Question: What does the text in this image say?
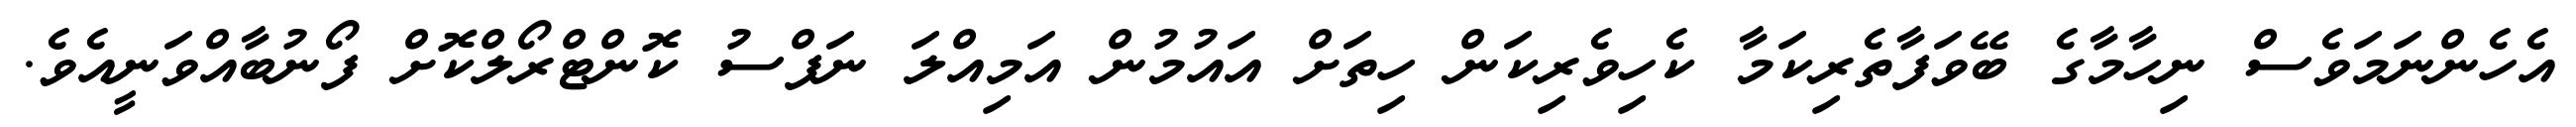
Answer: އެހެންނަމަވެސް ނިހާމާގެ ބޭވަފާތެރިކަމާ ކެހިވެރިކަން ހިތަށް އައުމުން އަމިއްލަ ނަފްސު ކޮންޓްރޯލްކޮށް ފޯނުބާއްވަނީއެވެ.